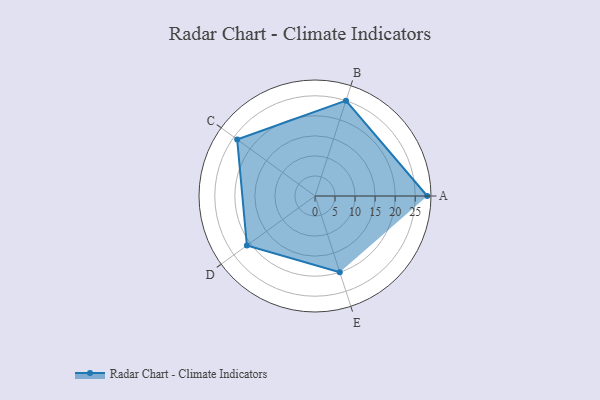
{"axis": {"x": "Skill", "y": "Score"}, "legend": ["Profile"], "data": [{"x": "A", "y": 28.0, "type": "Profile"}, {"x": "B", "y": 25.0, "type": "Profile"}, {"x": "C", "y": 24.0, "type": "Profile"}, {"x": "D", "y": 21.0, "type": "Profile"}, {"x": "E", "y": 20.0, "type": "Profile"}]}